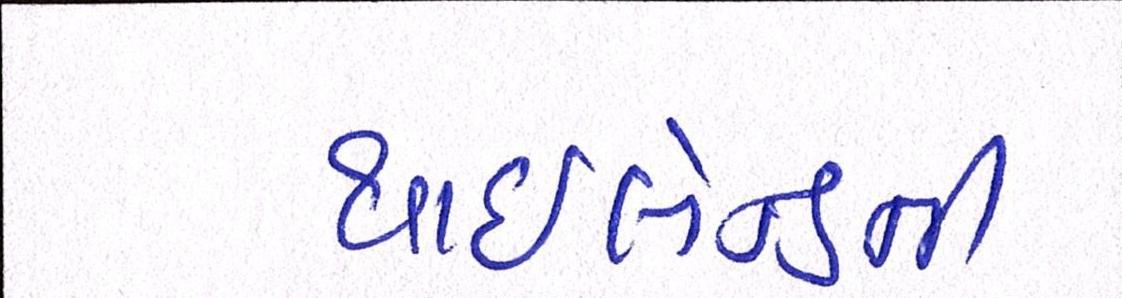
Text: થાઇલેન્ડની